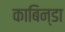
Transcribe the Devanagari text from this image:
काबिन्डा